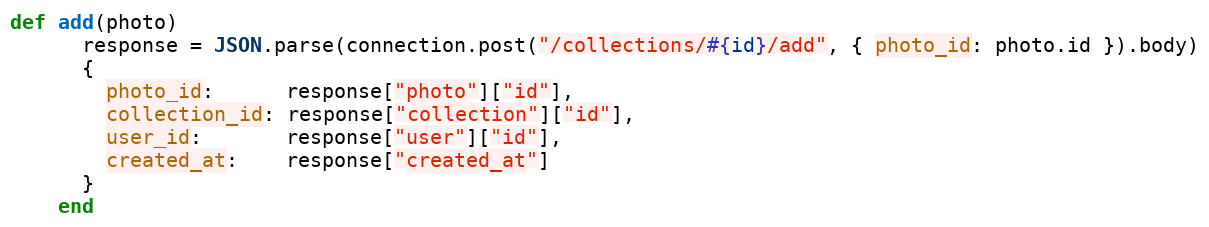
Language: Ruby
def add(photo)
      response = JSON.parse(connection.post("/collections/#{id}/add", { photo_id: photo.id }).body)
      {
        photo_id:      response["photo"]["id"],
        collection_id: response["collection"]["id"],
        user_id:       response["user"]["id"],
        created_at:    response["created_at"]
      }
    end